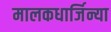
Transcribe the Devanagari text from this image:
मालकधार्जिन्या